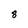
Character: 8